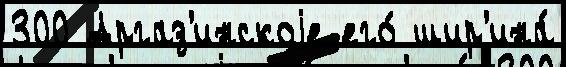
300 Аргаз'инскоjе его́ шир'ина́